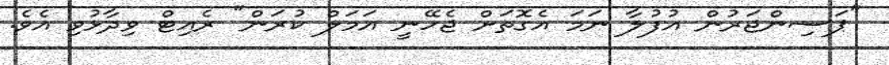
"ޕަސިންޖަރުން އުފުލާ ނަމަ އެގޮތަށް ޖެހޭނީ އަމަލް ކުރަން" ރެއިޓް ވިދާޅުވި އެވެ.